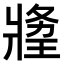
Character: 𤖍